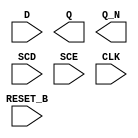
module sky130_fd_sc_ls__sdfrbp (
    //# {{data|Data Signals}}
    input  D      ,
    output Q      ,
    output Q_N    ,

    //# {{control|Control Signals}}
    input  RESET_B,

    //# {{scanchain|Scan Chain}}
    input  SCD    ,
    input  SCE    ,

    //# {{clocks|Clocking}}
    input  CLK
);

    // Voltage supply signals
    supply1 VPWR;
    supply0 VGND;
    supply1 VPB ;
    supply0 VNB ;

endmodule